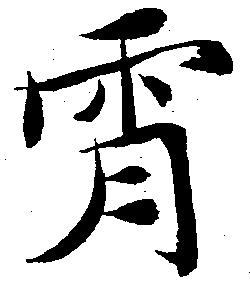
宵